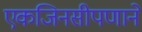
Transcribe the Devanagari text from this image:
एकजिनसीपणाने